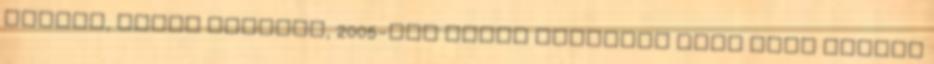
péntek, aztán szombat, 2005-től pedig vasárnap késő este tűzték